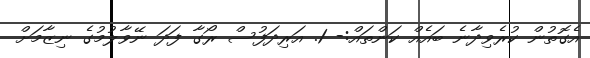
އެގޮތުން ކުރެވިދާނެ ބައެއް ކަންތައް:- 1. އަރިދަފުސް ރޯގާ ފަދަ ނޭވާލުމުގެ ނިޒާމަށް